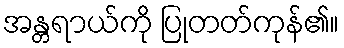
အန္တရာယ်ကို ပြုတတ်ကုန်၏။